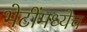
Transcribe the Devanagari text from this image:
भेटींमध्येच